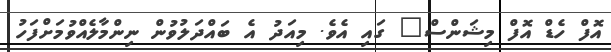
އޮފް ހެޑް އޮފް މިޝަންސް" ގައި އެވެ. މިއަދު އެ ބައްދަލުވުން ނިންމާލެއްވުމަށްފަހު